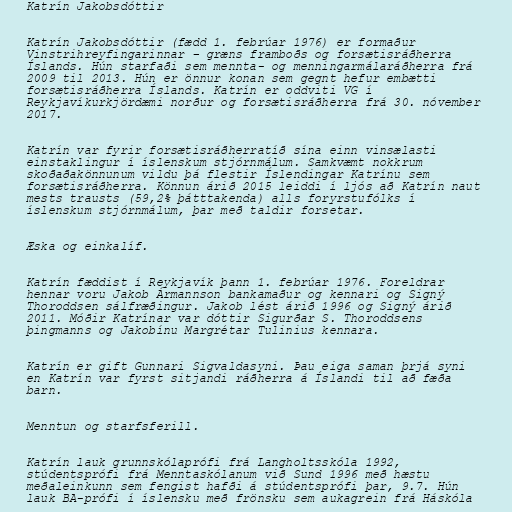
Katrín Jakobsdóttir

Katrín Jakobsdóttir (fædd 1. febrúar 1976) er formaður
Vinstrihreyfingarinnar – græns framboðs og forsætisráðherra
Íslands. Hún starfaði sem mennta- og menningarmálaráðherra frá
2009 til 2013. Hún er önnur konan sem gegnt hefur embætti
forsætisráðherra Íslands. Katrín er oddviti VG í
Reykjavíkurkjördæmi norður og forsætisráðherra frá 30. nóvember
2017.

Katrín var fyrir forsætisráðherratíð sína einn vinsælasti
einstaklingur í íslenskum stjórnmálum. Samkvæmt nokkrum
skoðaðakönnunum vildu þá flestir Íslendingar Katrínu sem
forsætisráðherra. Könnun árið 2015 leiddi í ljós að Katrín naut
mests trausts (59,2% þátttakenda) alls foryrstufólks í
íslenskum stjórnmálum, þar með taldir forsetar.

Æska og einkalíf.

Katrín fæddist í Reykjavík þann 1. febrúar 1976. Foreldrar
hennar voru Jakob Ármannson bankamaður og kennari og Signý
Thoroddsen sálfræðingur. Jakob lést árið 1996 og Signý árið
2011. Móðir Katrínar var dóttir Sigurðar S. Thoroddsens
þingmanns og Jakobínu Margrétar Tulinius kennara.

Katrín er gift Gunnari Sigvaldasyni. Þau eiga saman þrjá syni
en Katrín var fyrst sitjandi ráðherra á Íslandi til að fæða
barn.

Menntun og starfsferill.

Katrín lauk grunnskólaprófi frá Langholtsskóla 1992,
stúdentsprófi frá Menntaskólanum við Sund 1996 með hæstu
meðaleinkunn sem fengist hafði á stúdentsprófi þar, 9.7. Hún
lauk BA-prófi í íslensku með frönsku sem aukagrein frá Háskóla